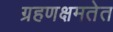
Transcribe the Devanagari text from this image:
ग्रहणक्षमतेत